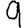
Digit: 9